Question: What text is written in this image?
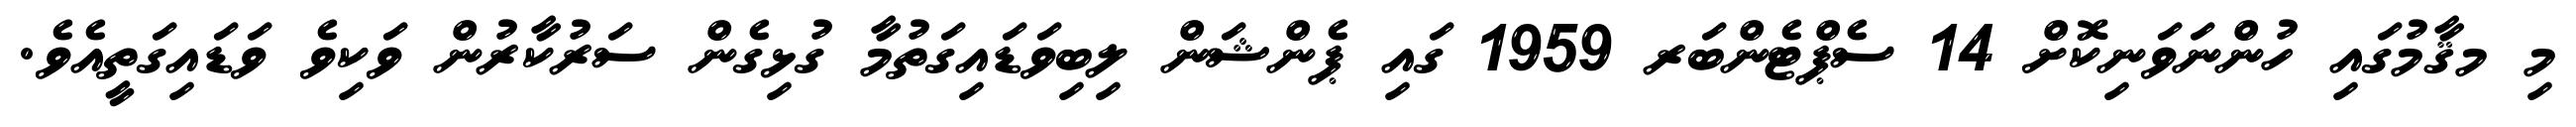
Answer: މި މޤާމުގައި ހުންނަވަނިކޮށް 14 ސެޕްޓެންބަރ 1959 ގައި ޕެންޝަން ލިބިވަޑައިގަތުމާ ގުޅިގެން ސަރުކާރުން ވަކިވެ ވަޑައިގަތީއެވެ.